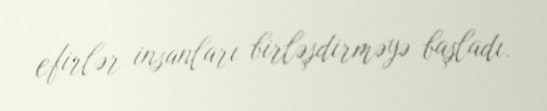
efirlər insanları birləşdirməyə başladı.